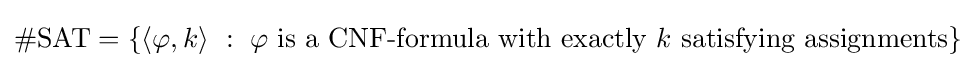
\#{\text{SAT}}=\left\{\langle \varphi ,k\rangle \ :\ \varphi {\text{ is a CNF-formula with exactly }}k{\text{ satisfying assignments}}\right\}